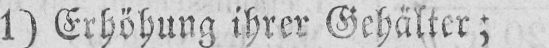
1) Erhöhung ihrer Gehälter;